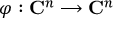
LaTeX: \varphi : \mathbf { C } ^ { n } \longrightarrow \mathbf { C } ^ { n }